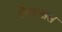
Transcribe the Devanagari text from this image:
सैवालास